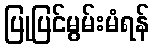
ပြုပြင်မွမ်းမံရန်